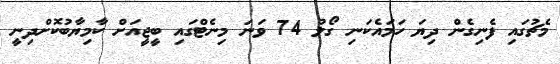
މެޗުގައި ފެނިގެން ދިޔަ ހަމައެކަނި ގޯލު 74 ވަނަ މިނެޓްގައި ބީޖީއަށް ކާމިޔާބުކޮށްދިނީ